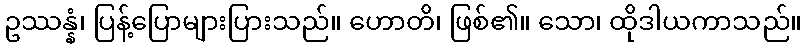
ဥဿန္နံ၊ ပြန့်ပြောများပြားသည်။ ဟောတိ၊ ဖြစ်၏။ သော၊ ထိုဒါယကာသည်။